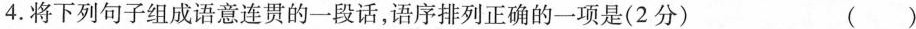
4.将下列句子组成语意连贯的一段话，语序排列正确的一项是(2分) ( )